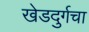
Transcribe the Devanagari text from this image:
खेडदुर्गचा